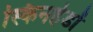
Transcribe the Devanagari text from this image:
स्किनहेडों